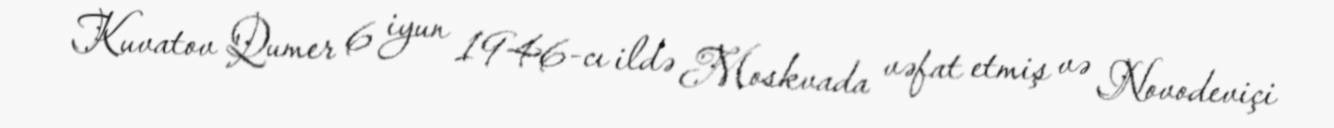
Kuvatov Qumer 6 iyun 1946-cı ildə Moskvada vəfat etmiş və Novodeviçi